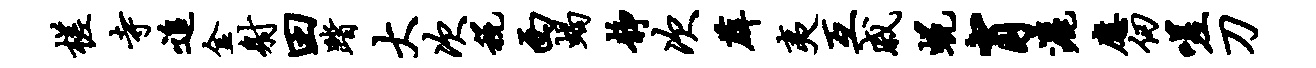
槎寺追金射田踏大次税西蝎静次薜夷互戚蜕肖洒应仞嗟刀